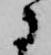
に